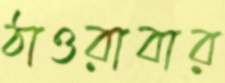
ঠাওরাবার